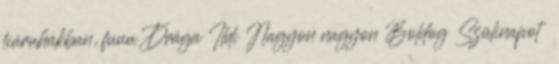
fiúruhákban, fuuu Drága Ildi Nagyon nagyon Boldog Szülinapot ❤